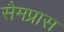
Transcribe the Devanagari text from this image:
सैमप्रास